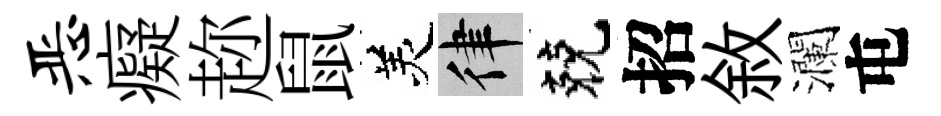
恶癡趂鼠羙律兢招敘瀾屯